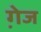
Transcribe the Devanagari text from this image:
गे़ज